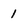
Character: 1